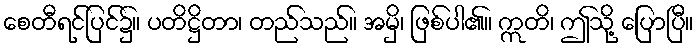
စေတီရင်ပြင်၌။ ပတိဋ္ဌိတာ၊ တည်သည်။ အမှိ၊ ဖြစ်ပါ၏။ ဣတိ၊ ဤသို့ ပြောပြီ။